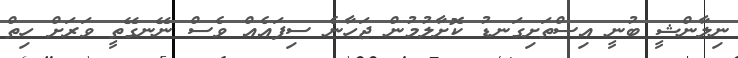
ނިލާންޝީ ބުނީ އިސްތަށިގަނޑު ކޮށާލުމުން ޖަހާނެ ސިފައެއް ވެސް ނޭނގޭތީ ވަރަށް ހިތް